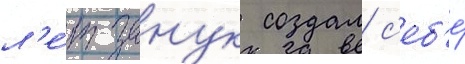
л'е́т занук создал с'еб'е́